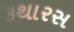
કથારસ